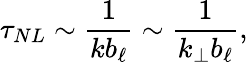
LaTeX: \tau_{NL}\sim\frac{1}{kb_{\ell}}\sim\frac{1}{k_{\perp}b_{\ell}},